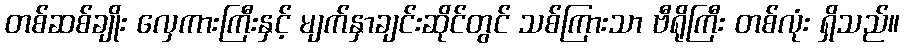
တစ်ဆစ်ချိုး လှေကားကြီးနှင့် မျက်နှာချင်းဆိုင်တွင် သစ်ကြားသာ ဗီရိုကြီး တစ်လုံး ရှိသည်။